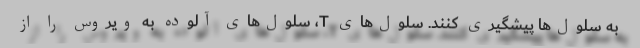
به سلول‌ها پیشگیری کنند. سلول‌های T، سلول‌های آلوده به ویروس را از